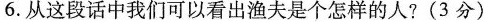
6.从这段话中我们可以看出渔夫是个怎样的人?(3分)